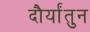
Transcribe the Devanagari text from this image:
दौर्यांतुन